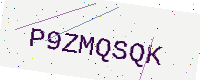
Text: P9ZMQSQK